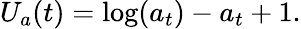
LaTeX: U_{a}(t)=\log(a_{t})-a_{t}+1.